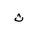
Letter: _tha